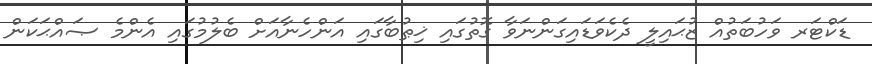
ޑަކްޓަރ ވަހުބަތުއް ޒުޙައިލީ ދެކެވަޑައިގަންނަވާ ގޮތުގައި ޚިޠުބާގައި އަންހެނާއަށް ބެލުމުގައި އެންމެ ޞައްޙަކަން